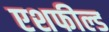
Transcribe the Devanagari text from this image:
एशफील्ड